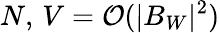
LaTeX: N,\, V=\mathcal{O}(|B_{W}|^{2})